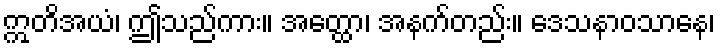
ဣတိအယံ၊ ဤသည်ကား။ အတ္ထော၊ အနက်တည်း။ ဒေသနာဝသာနေ၊